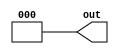
module constant_value_generator #(parameter D=3'b000)(out);
	output [2:0] out;
	assign out = D;
endmodule